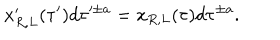
x _ { R , L } ^ { \prime } ( \tau ^ { \prime } ) d \tau ^ { \pm a } = x _ { R , L } ( \tau ) d \tau ^ { \pm a } .